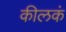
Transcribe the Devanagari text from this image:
कीलकं